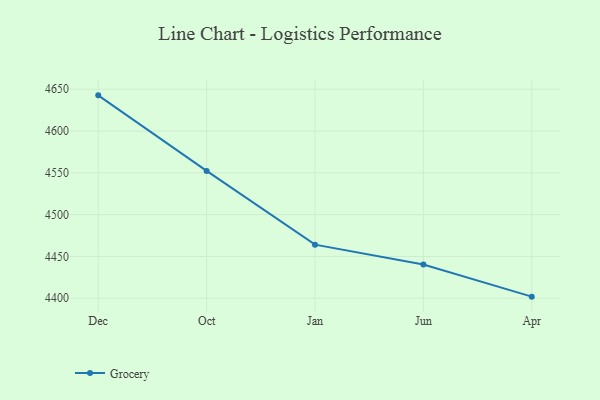
{"axis": {"x": "Month", "y": "LTV (USD)"}, "legend": ["Grocery"], "data": [{"x": "Dec", "y": 4642.7, "type": "Grocery"}, {"x": "Oct", "y": 4552.3, "type": "Grocery"}, {"x": "Jan", "y": 4464.1, "type": "Grocery"}, {"x": "Jun", "y": 4440.4, "type": "Grocery"}, {"x": "Apr", "y": 4401.9, "type": "Grocery"}]}